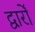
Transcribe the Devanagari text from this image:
द्वार्रों